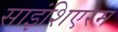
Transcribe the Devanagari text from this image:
साइंशिएरम